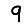
Digit: 9